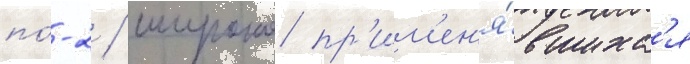
по́-2 / широко пр'им'ен'я́вшихс'я